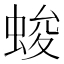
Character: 𮔖